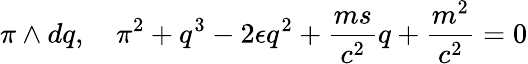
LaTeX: \pi\wedge dq,\quad\pi^{2}+q^{3}-2\epsilon q^{2}+\frac{ms}{c^{2}}q+\frac{m^{2}}{c^{2}}=0